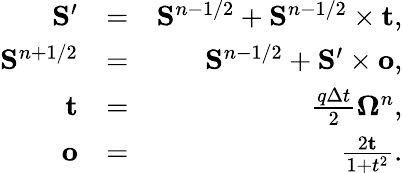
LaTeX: \begin{array}{rlr}{\mathbf{S}^{\prime}}&{=}&{\mathbf{S}^{n-1/2}+\mathbf{S}^{n-1/2}\times\mathbf{t},}\\ {\mathbf{S}^{n+1/2}}&{=}&{\mathbf{S}^{n-1/2}+\mathbf{S}^{\prime}\times\mathbf{o},}\\ {\mathbf{t}}&{=}&{\frac{q\Delta t}{2}\mathbf{\Omega}^{n},}\\ {\mathbf{o}}&{=}&{\frac{2\mathbf{t}}{1+t^{2}}.}\end{array}